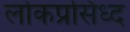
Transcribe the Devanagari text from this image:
लोकप्रसिध्द